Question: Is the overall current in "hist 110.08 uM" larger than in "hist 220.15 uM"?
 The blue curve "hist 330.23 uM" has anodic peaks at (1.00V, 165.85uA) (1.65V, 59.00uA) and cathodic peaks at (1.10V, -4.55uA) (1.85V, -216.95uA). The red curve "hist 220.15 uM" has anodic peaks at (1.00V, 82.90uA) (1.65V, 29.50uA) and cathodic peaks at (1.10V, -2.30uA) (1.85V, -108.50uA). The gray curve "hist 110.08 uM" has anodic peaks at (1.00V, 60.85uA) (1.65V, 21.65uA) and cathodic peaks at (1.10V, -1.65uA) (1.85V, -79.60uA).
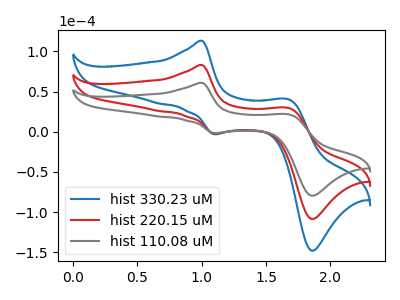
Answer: <think>All the peaks in "hist 110.08 uM" have a peak in "hist 220.15 uM" at the same potential. Every peak in "hist 110.08 uM" is lower than every peak in "hist 220.15 uM".
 </think>
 <answer>"hist 110.08 uM" has less signal than "hist 220.15 uM".</answer>
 <eval>less_signal</eval>